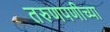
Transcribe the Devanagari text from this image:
तरुणपणीच्या